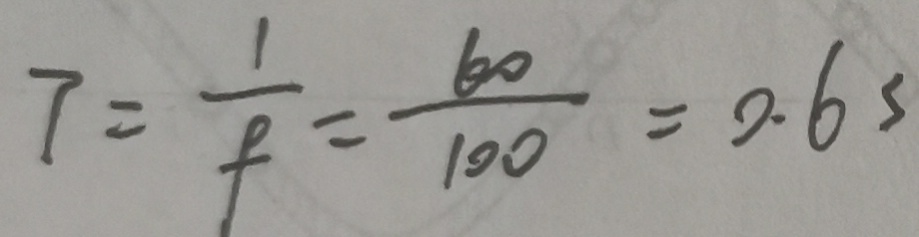
T = \frac { 1 } { f } = \frac { 6 0 } { 1 0 0 } = 0 . 6 s